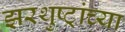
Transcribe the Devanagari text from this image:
झरथुष्ट्रांच्या